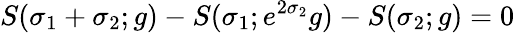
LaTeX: S(\sigma_{1}+\sigma_{2};g)-S(\sigma_{1};e^{2\sigma_{2}}g)-S(\sigma_{2};g)=0